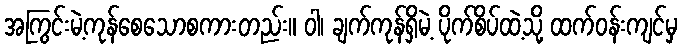
အကြွင်းမဲ့ကုန်စေသောစကားတည်း။ ဝါ၊ ချက်ကုန်ရှိမဲ့ ပိုက်စိပ်ထဲ့သို့ ထက်ဝန်းကျင်မှ